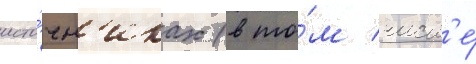
исто́чн'иках (в то́м числ'е́